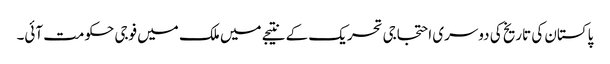
پاکستان کی تاریخ کی دوسری احتجاجی تحریک کے نتیجے میں ملک میں فوجی حکومت آئی۔